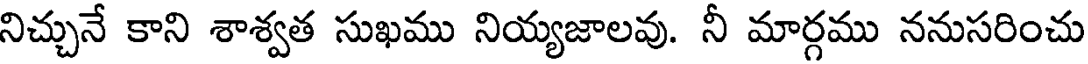
నిచ్చునే కాని శాశ్వత సుఖము నియ్యజాలవు. నీ మార్గము ననుసరించు